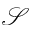
\mathcal { S }